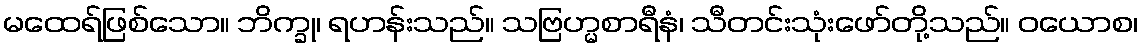
မထေရ်ဖြစ်သော။ ဘိက္ခု၊ ရဟန်းသည်။ သဗြဟ္မစာရီနံ၊ သီတင်းသုံးဖော်တို့သည်။ ဝယောစ၊